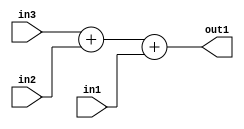
`timescale 1ps / 1ps
/*****************************************************************************
    Verilog RTL Description
    
    
    Created by: Stratus DpOpt 2019.1.01 
*******************************************************************************/

module st_weight_addr_gen_Add3u1u1u1_4_0 (
	in3,
	in2,
	in1,
	out1
	); /* architecture "behavioural" */ 
input  in3,
	in2,
	in1;
output [1:0] out1;
wire [1:0] asc001;

wire [1:0] asc001_tmp_0;
assign asc001_tmp_0 = 
	+(in3)
	+(in2);
assign asc001 = asc001_tmp_0
	+(in1);

assign out1 = asc001;
endmodule

/* CADENCE  ubnzTAo= : u9/ySgnWtBlWxVPRXgAZ4Og= ** DO NOT EDIT THIS LINE ******/